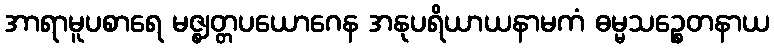
အာရာမူပစာရေ မဇ္ဈတ္တပယောဂေန အနုပရိယာယနာမကံ ဓမ္မသဉ္စေတနာယ